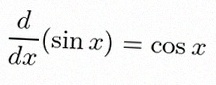
\frac{d}{dx}(\sin x)=\cos x